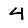
Digit: 4